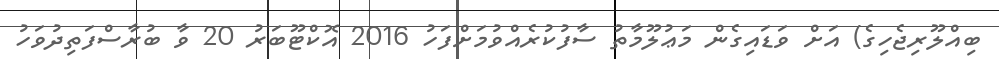
ބިއްލޫރިޖެހިގެ) އަށް ވަޑައިގެން މަޢުލޫމާތު ސާފުކުރެއްވުމަށްފަހު 2016 އޮކްޓޫބަރު 20 ވާ ބުރާސްފަތިދުވަހު